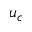
u _ { c }